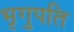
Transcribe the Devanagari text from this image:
भृगुपति